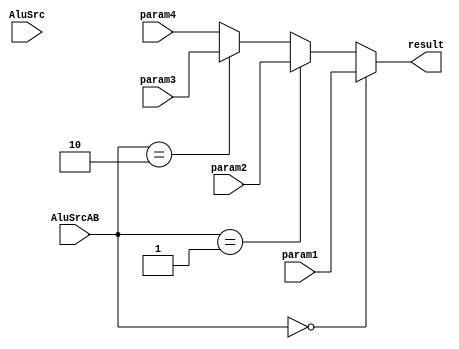
module mux4to1(AluSrc,AluSrcAB,param1,param2,param3,param4,result);
input AluSrc;
input [1:0]AluSrcAB;
input [31:0]param1;
input [31:0]param2;
input [31:0]param3;
input [31:0]param4;
output [31:0]result;

assign result=(AluSrcAB==2'b00)? param1:
				((AluSrcAB==2'b01)? param2:
				((AluSrcAB==2'b10)? param3:param4));
endmodule